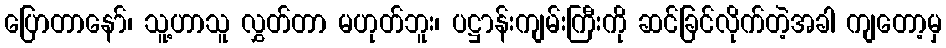
ပြောတာနော်၊ သူ့ဟာသူ လွှတ်တာ မဟုတ်ဘူး၊ ပဋ္ဌာန်းကျမ်းကြီးကို ဆင်ခြင်လိုက်တဲ့အခါ ကျတော့မှ